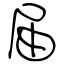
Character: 届